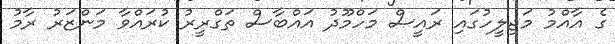
ގެ އާއްމު މަޖިލީހުގައި ރައީސް މަހްމޫދު އައްބާސް ތަގްރީރު ކުރައްވާ މަންޒަރު ރާމު